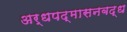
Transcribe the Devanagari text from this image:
अर्धपद्मासनबद्ध